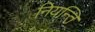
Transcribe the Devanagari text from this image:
नियन्ति